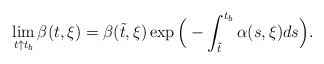
\begin{align*} \lim_{t\uparrow t_b} \beta(t,\xi)=\beta(\tilde t,\xi)\exp\Big(-\int_{\tilde t}^{t_b} \alpha(s,\xi)ds\Big).\end{align*}